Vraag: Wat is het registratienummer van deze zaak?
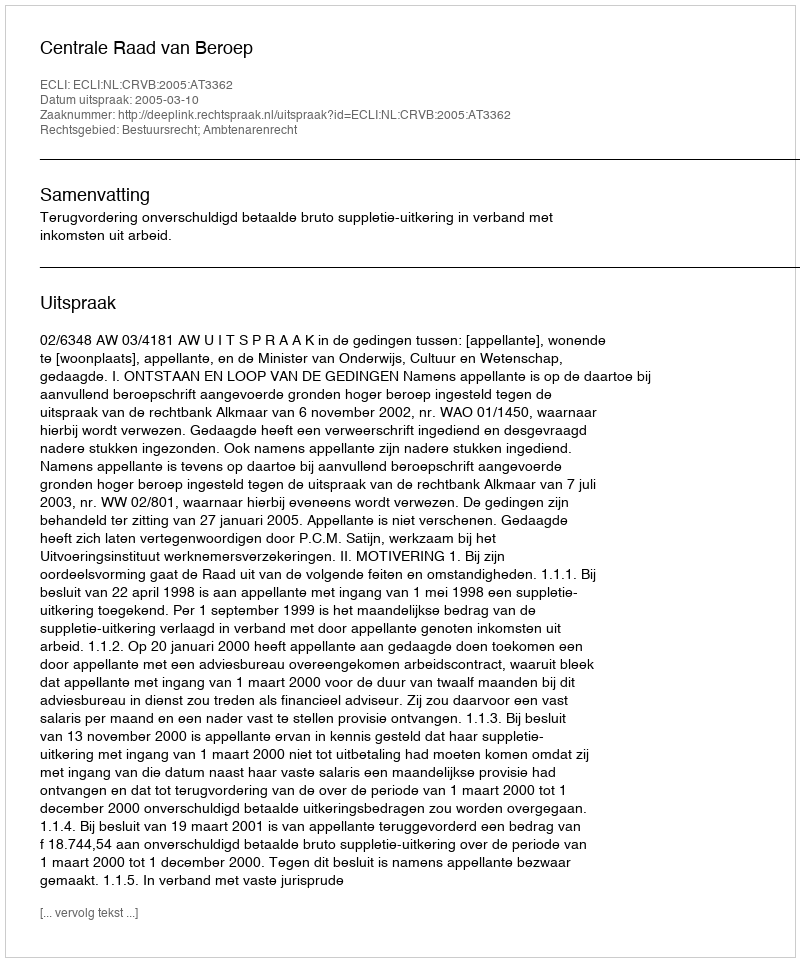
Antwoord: http://deeplink.rechtspraak.nl/uitspraak?id=ECLI:NL:CRVB:2005:AT3362